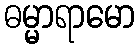
ဓမ္မာရာမော